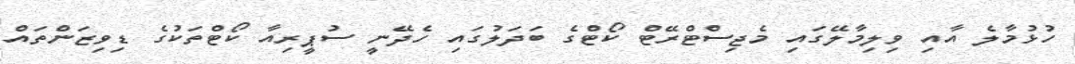
ހުޅުމާލެ އާއި ވިލިމާލޭގައި މެޖިސްޓްރޭޓް ކޯޓްގެ ބަދަލުގައި ހެދޭނީ ސުޕީރިއާ ކޯޓްތަކުގެ ޑިވިޒަންތައް